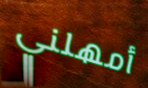
أمهلني